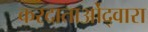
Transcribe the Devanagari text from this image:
करदाताओंद्वारा